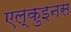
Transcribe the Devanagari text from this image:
एल्कुइनस